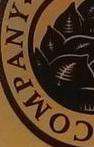
COMPANY